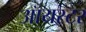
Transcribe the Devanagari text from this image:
ऑयस्टर